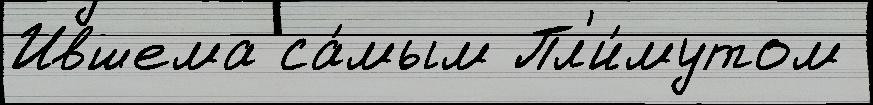
Ившема са́мым Пл'и́мутом